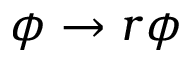
\phi \to r \phi